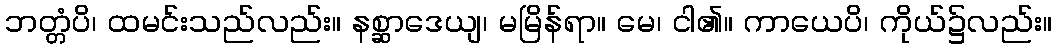
ဘတ္တံပိ၊ ထမင်းသည်လည်း။ နစ္ဆာဒေယျ၊ မမြိန်ရာ။ မေ၊ ငါ၏။ ကာယေပိ၊ ကိုယ်၌လည်း။